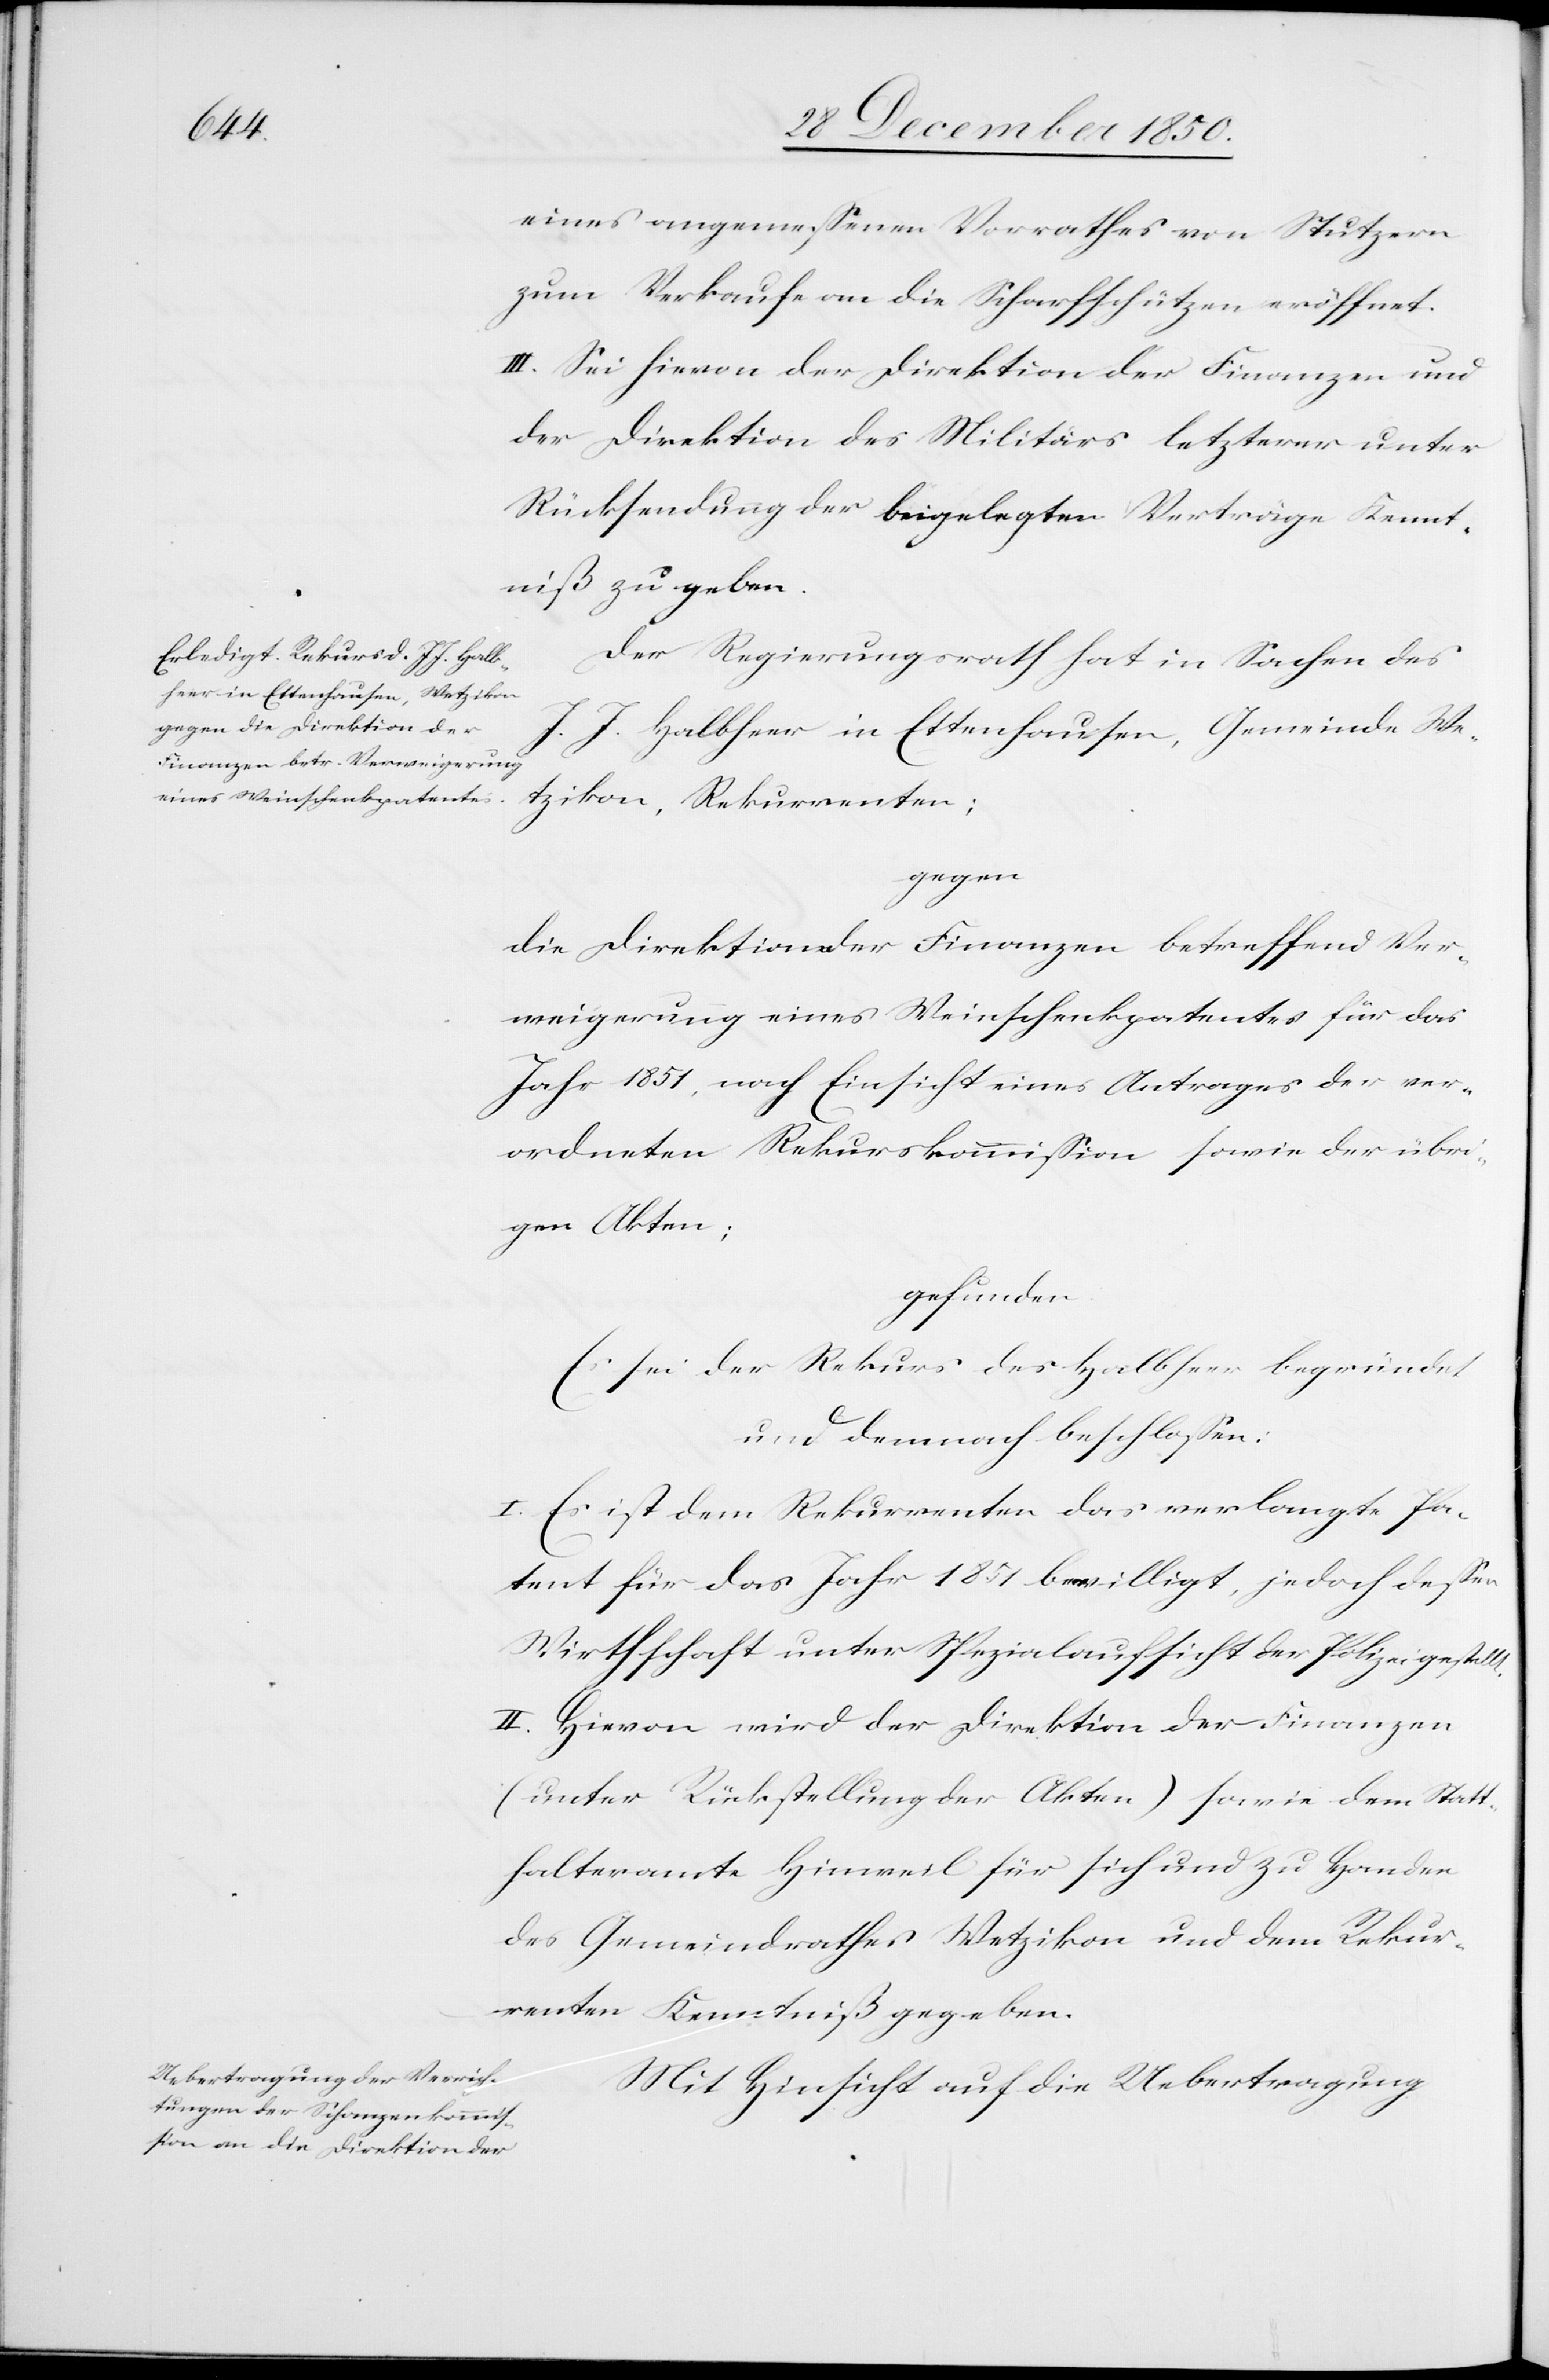
eines angemessenen Vorrathes von Stutzern
zum Verkaufe an die Scharfschützen eröffnet.
III. Sei hievon der Direktion der Finanzen und
der Direktion des Militärs letzterer unter
Rücksendung der beigelegten Verträge Kennt¬
niß zu geben.
Der Regierungsrath hat in Sachen des
J. J. Halbheer in Ettenhausen, Gemeinde We¬
tzikon, Rekurrenten;
gegen
die Direktion der Finanzen betreffend Ver¬
weigerung eines Weinschenkpatentes für das
Jahr 1851, nach Einsicht eines Antrages der ver¬
ordneten Rekurskommission sowie der übri¬
gen Akten;
gefunden
sei der Rekurs des Halbheer begründet
und demnach beschlossen:
I. Es ist dem Rekurrenten das verlangte Pa¬
tent für das Jahr 1851 bewilligt, jedoch dessen
Wirthschaft unter Spezialaufsicht der Polizei gestellt.
II. Hievon wird der Direktion der Finanzen
(unter Rückstellung der Akten) sowie dem Statt¬
halteramte Hinweil für sich und zu Handen
des Gemeindrathes Wetzikon und dem Rekur¬
renten Kenntniß gegeben.
Mit Hinsicht auf die Uebertragung